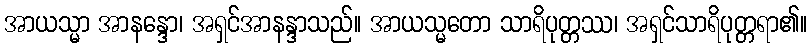
အာယသ္မာ အာနန္ဒော၊ အရှင်အာနန္ဒာသည်။ အာယသ္မတော သာရိပုတ္တဿ၊ အရှင်သာရိပုတ္တရာ၏။